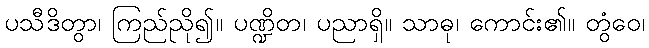
ပသီဒိတွာ၊ ကြည်ညို၍။ ပဏ္ဍိတ၊ ပညာရှိ။ သာဓု၊ ကောင်း၏။ တွံဝေ၊